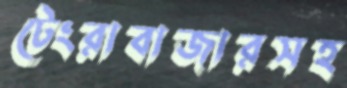
টেংরাবাজারসহ